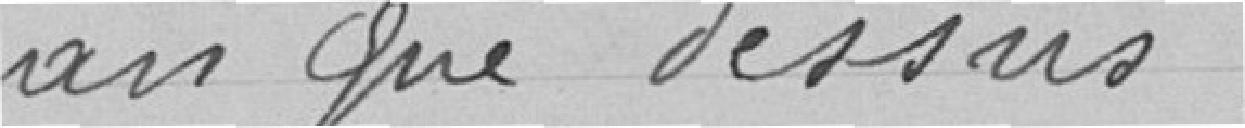
an que dessus .